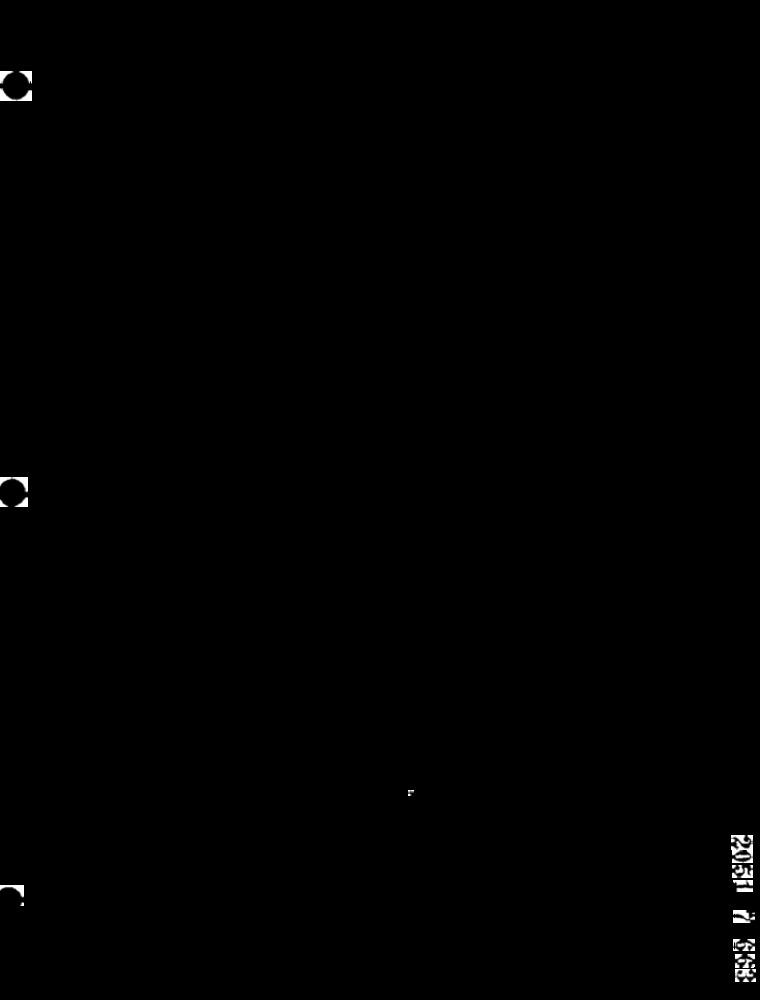
2051 A 363